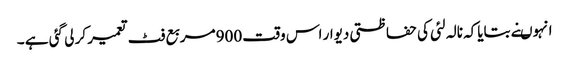
انہوںنے بتایاکہ نالہ لئی کی حفاظتی دیوار اس وقت 900مربع فٹ تعمیر کر لی گئی ہے ۔